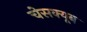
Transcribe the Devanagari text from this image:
चेसक्यूब